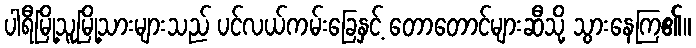
ပါရီမြို့သူမြို့သားများသည် ပင်လယ်ကမ်းခြေနှင့် တောတောင်များဆီသို့ သွားနေကြ၏။